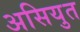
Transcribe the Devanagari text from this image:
असियुत